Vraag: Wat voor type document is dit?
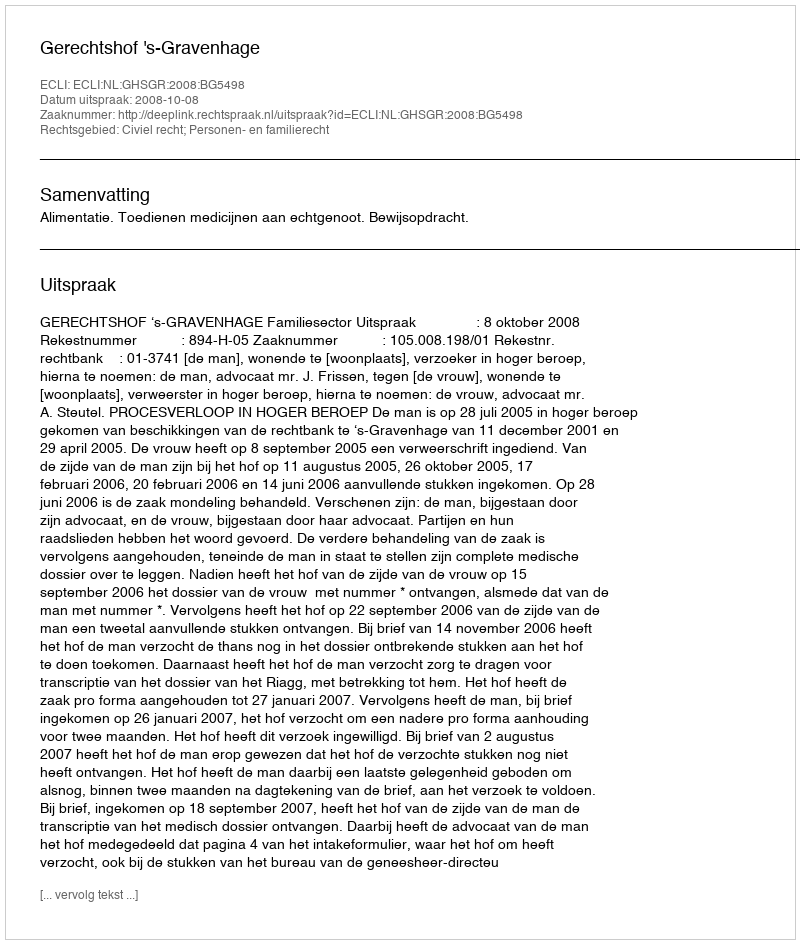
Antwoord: Uitspraak